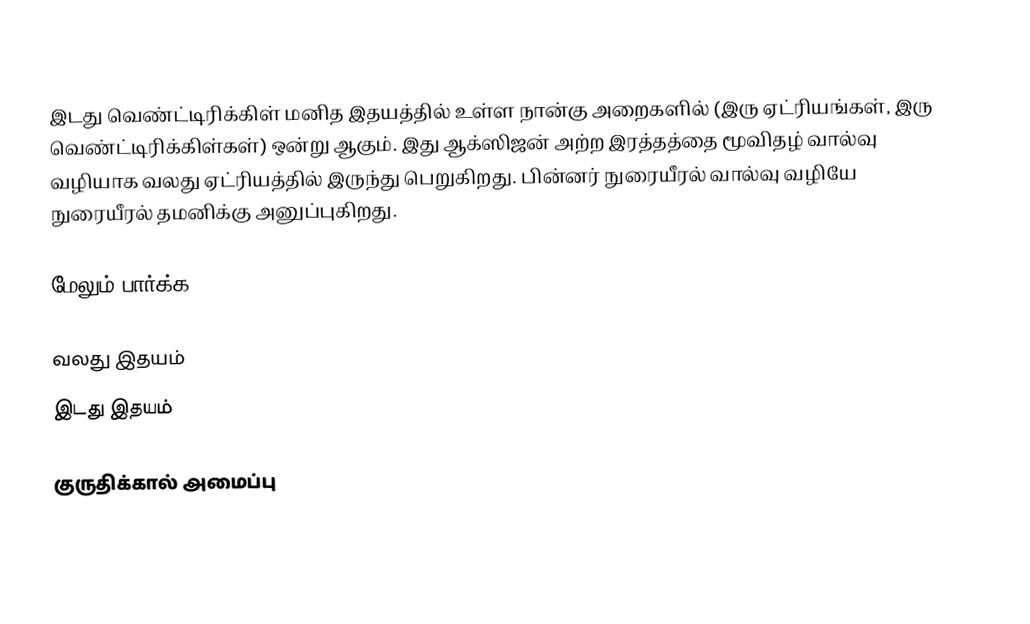
இடது வெண்ட்டிரிக்கிள் மனித இதயத்தில் உள்ள நான்கு அறைகளில் (இரு ஏட்ரியங்கள், இரு வெண்ட்டிரிக்கிள்கள்) ஒன்று ஆகும். இது ஆக்ஸிஜன் அற்ற இரத்தத்தை மூவிதழ் வால்வு வழியாக வலது ஏட்ரியத்தில் இருந்து பெறுகிறது. பின்னர் நுரையீரல் வால்வு வழியே நுரையீரல் தமனிக்கு அனுப்புகிறது.

மேலும் பார்க்க

 வலது இதயம்
 இடது இதயம்

குருதிக்கால் அமைப்பு

de:Herz#Räume und Gefäße